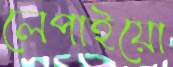
লেপাইয়ো